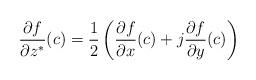
LaTeX: \begin{align*}\frac{\partial f}{\partial z^{*}} (c) = \frac{1}{2} \left ( \frac{\partial f}{\partial x}(c) + j\frac{\partial f}{\partial y}(c) \right )\end{align*}